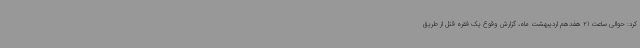
کرد: حوالی ساعت 21 هفدهم اردیبهشت ماه، گزارش وقوع یک فقره قتل از طریق